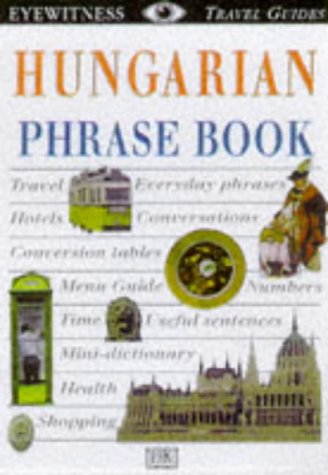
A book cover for Hungarian (Eyewitness Travel Guides Phrase Books); Dorling Kindersley; Travel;